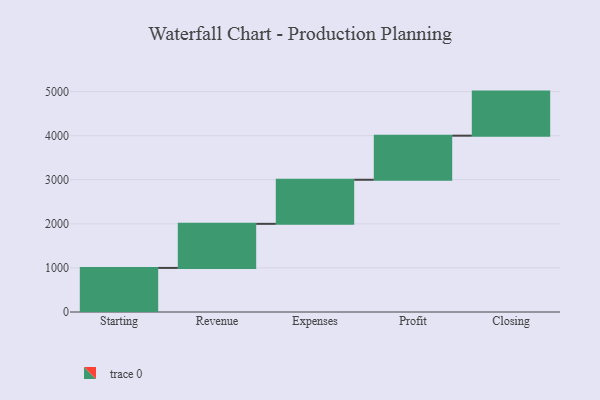
{"axis": {"x": "Step", "y": "Value"}, "legend": [""], "data": [{"x": "Starting", "y": 1000, "type": ""}, {"x": "Revenue", "y": 1000, "type": ""}, {"x": "Expenses", "y": 1000, "type": ""}, {"x": "Profit", "y": 1000, "type": ""}, {"x": "Closing", "y": 1000, "type": ""}]}